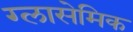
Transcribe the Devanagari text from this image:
ग्लासेमिक